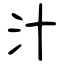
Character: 汁